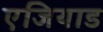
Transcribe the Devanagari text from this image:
एजियाड